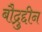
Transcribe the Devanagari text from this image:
बौद्रुद्दीन